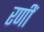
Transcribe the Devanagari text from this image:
रणीं